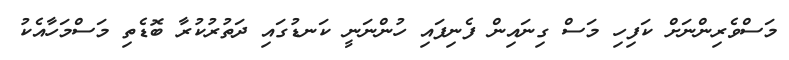
މަސްވެރިންނަށް ކަފިހި މަސް ގިނައިން ފެނިފައި ހުންނަނީ ކަނޑުގައި ދަތުރުކުރާ ބޮޑެތި މަސްމަހާއެކު